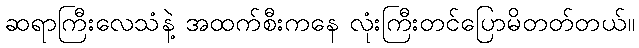
ဆရာကြီးလေသံနဲ့ အထက်စီးကနေ လုံးကြီးတင်ပြောမိတတ်တယ်။